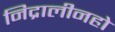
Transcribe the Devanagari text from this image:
निद्रालीनहो